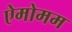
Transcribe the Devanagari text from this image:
ऐमोमम